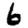
Digit: 6